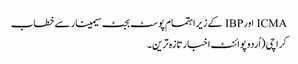
ICMA اورIBP کے زیر اہتمام پوسٹ بجٹ سیمینار سے خطاب
کراچی (اُردو پوائنٹ اخبارتازہ ترین۔